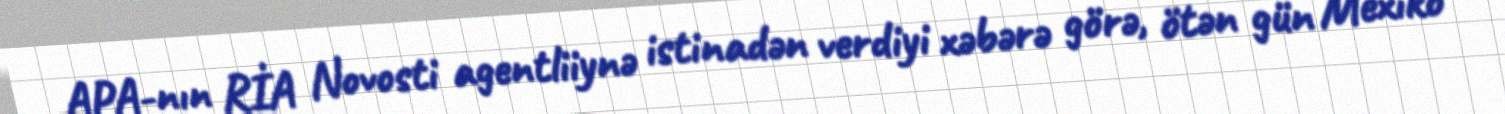
APA-nın RİA Novosti agentliiynə istinadən verdiyi xəbərə görə, ötən gün Mexiko